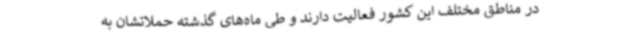
در مناطق مختلف این کشور فعالیت دارند و طی ماه‌های گذشته حملاتشان به